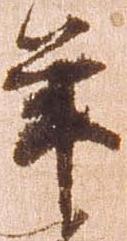
年